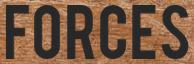
FORCES